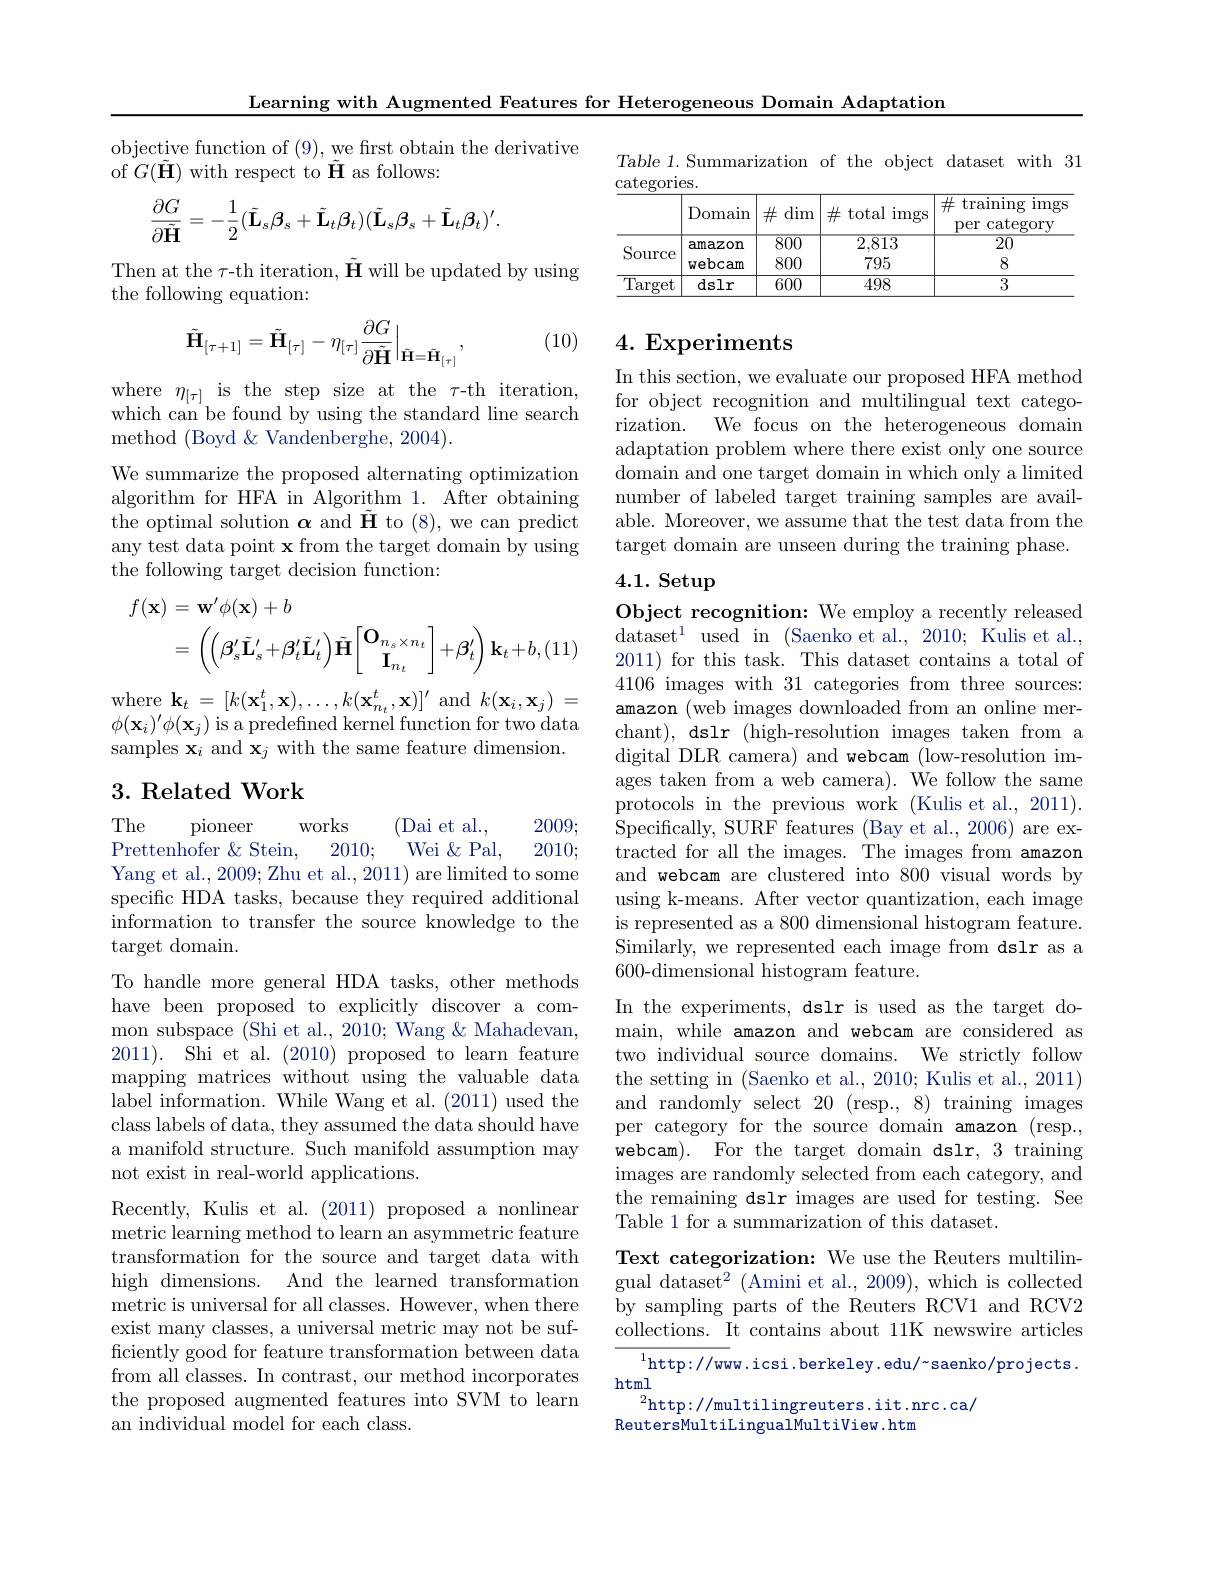
Learning with Augmented Features for Heterogeneous Domain Adaptation

objective function of (9), we frst obtain the derivative
of $G(\tilde{\mathbf{H}})$ with respect to $\tilde{\mathbf{H}}$ as follows:
$$\frac{\partial G}{\partial\tilde{\mathbf{H}}}=-\frac{1}{2}(\tilde{\mathbf{L}}_{s}\beta_{s}+\tilde{\mathbf{L}}_{t}\beta_{t})(\tilde{\mathbf{L}}_{s}\beta_{s}+\tilde{\mathbf{L}}_{t}\beta_{t})^{\prime}.$$
Then at the $\tau$-th iteration, $\tilde{\mathbf{H}}$ will be updated by using
the following equation:
$$\tilde{\mathbf{H}}_{[\tau+1]}=\tilde{\mathbf{H}}_{[\tau]}-\eta_{[\tau]}\frac{\partial G}{\partial\tilde{\mathbf{H}}}\Big|_{\tilde{\mathbf{H}}=\tilde{\mathbf{H}}_{[\tau]}},$$
(10)

where $\eta_{[\tau]}$ is the step size at the $\tau$-th iteration, which can'be found by using the standard line search method (Boyd &Vandenberghe, 2004).
We summarize the proposed alternating optimization algorithm for HFA in Algorithm 1. After obtaining the optimal solution $\boldsymbol{\alpha}$ and $\tilde{\mathbf{H}}$ to (8), we can predict any test data point x from the target domain by using the following target decision function:
$$\begin{aligned}f(\mathbf{x})&=\mathbf{w}^{\prime}\phi(\mathbf{x})+b\\&=\:\left(\left(\beta_{s}^{\prime}\tilde{\mathbf{L}}_{s}^{\prime}+\beta_{t}^{\prime}\tilde{\mathbf{L}}_{t}^{\prime}\right)\tilde{\mathbf{H}}\left[\begin{matrix}\mathbf{O}_{n_{s}\times n_{t}}\\\mathbf{I}_{n_{t}}\end{matrix}\right]+\beta_{t}^{\prime}\right)\mathbf{k}_{t}+b,\end{aligned}$$
${\mathrm{where~}\mathbf{k} _{t}}= [ k( \mathbf{x} _{1}^{t}, \mathbf{x} ) , \ldots , k( \mathbf{x} _{n_{t}}^{t}, \mathbf{x} ) ] ^{\prime }{\mathrm{~and~}}k( \mathbf{x} _{i}, \mathbf{x} _{j})$ = $\phi(\mathbf{x}_{i})^{\prime}\phi(\mathbf{x}_{j})$ is a predefined kernel function for two data samples $\mathbf{x}_i$ and $\mathbf{x}_j$ with the same feature dimension.

### 3. Related Work

The
pioneer
(Dai et al.,
2009;
works
Prettenhofer &Stein,
2010;
Wei & Pal,
2010;
Yang et al., 2009; Zhu et al., 2011) are limited to some specific HDA tasks, because they required additional information to transfer the source knowledge to the $\operatorname{target}$domain.
To handle more general HDA tasks, other methods have been proposed to explicitly discover a common subspace (Shi et al., 2010; Wang & Mahadevan, 2011). Shi et al.(2010) proposed to learn feature mapping matrices without using the valuable data label information. While Wang et al. (2011) used the class labels of data, they assumed the data should have a manifold structure. Such manifold assumption may not exist in real-world applications.
Recently, Kulis et al. (2011) proposed a nonlinear metric learning method to learn an asymmetric feature transformation for the source and target data with high dimensions. And the learned transformation metric is universal for all classes. However, when there exist many classes, a universal metric may not be sufficiently good for feature transformation between data from all classes. In contrast, our method incorporates the proposed augmented features into SVM to learn an individual model for each class.

Table 1.Summarization of the object dataset with 31
$\underline{\mathrm{categories.}}$

<table>
	<tbody>
		<tr>
			<th> </th>
			<th>Domain</th>
			<th>$\#$dim</th>
			<th>$\#$ total imgs</th>
			<th>$\#$ training $\operatorname{imgs}$ $\operatorname{category}$ per</th>
		</tr>
		<tr>
			<td rowspan="2">Source</td>
			<td>amazon</td>
			<td>$\overline{800}$</td>
			<td>2,813</td>
			<td>$\overline{20}$</td>
		</tr>
		<tr>
			<td>webcam</td>
			<td>800</td>
			<td>795</td>
			<td>8</td>
		</tr>
		<tr>
			<td>$\overline{{\text{Target}}}$</td>
			<td>dslr</td>
			<td>600</td>
			<td>498</td>
			<td>3</td>
		</tr>
	</tbody>
</table>

# 4. Experiments

In this section, we evaluate our proposed HFA method for object recognition and multilingual text categorization. We focus on the heterogeneous domain adaptation problem where there exist only one source domain and one target domain in which only a limited number of labeled target training samples are available. Moreover, we assume that the test data from the target domain are unseen during the training phase.

# 4.1. Setup

Object recognition: We employ a recently released dataset$^1$used in (Saenko et al., 2010; Kulis et al., 2011) for this task. This dataset contains a total of 4106 images with 31 categories from three sources: amazon (web images downloaded from an online merchant), dslr (high-resolution images taken from a digital DLR camera) and webcam (low-resolution images taken from a web camera). We follow the same protocols in the previous work (Kulis et al., 2011). Specifically, SURF features (Bay et al., 2006) are extracted for all the images. The images from amazon and webcam are clustered into 800 visual words by using k-means. After vector quantization, each image is represented as a 800 dimensional histogram feature. Similarly, we represented each image from dslr as a 600-dimensional histogram feature.
In the experiments, dslr is used as the target domain, while amazon and webcam are considered as two individual source domains. We strictly follow the setting in (Saenko et al., 2010; Kulis et al., 2011) and randomly select 20 (resp., 8) training images per category for the source domain amazon (resp., webcam). For the target domain dslr, 3 training images are randomly selected from each category, and the remaining dslr images are used for testing. See Table 1 for a summarization of this dataset.
Text categorization: We use the Reuters multilingual dataset$^2$ (Amini et al., 2009), which is collected by sampling parts of the Reuters RCV1 and RCV2 collections. It contains about 11K newswire articles
${\overline{{^{1}}}\mathrm{http://ww}}$w.icsi.berkeley.edu/~saenko/projects.
html
$^{2}$http://multilingreuters.iit.nrc.ca/

ReutersMultiLingualMultiView. htm